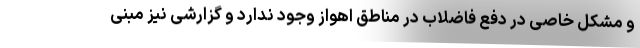
و مشکل خاصی در دفع فاضلاب در مناطق اهواز وجود ندارد و گزارشی نیز مبنی